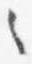
之